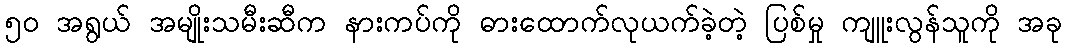
၅၀ အရွယ် အမျိုးသမီးဆီက နားကပ်ကို ဓားထောက်လုယက်ခဲ့တဲ့ ပြစ်မှု ကျူးလွန်သူကို အခု